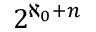
2 ^ { \aleph _ { 0 } + n }